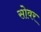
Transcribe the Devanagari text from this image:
सोवर